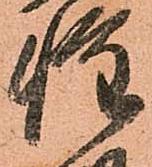
惶